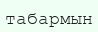
табармын